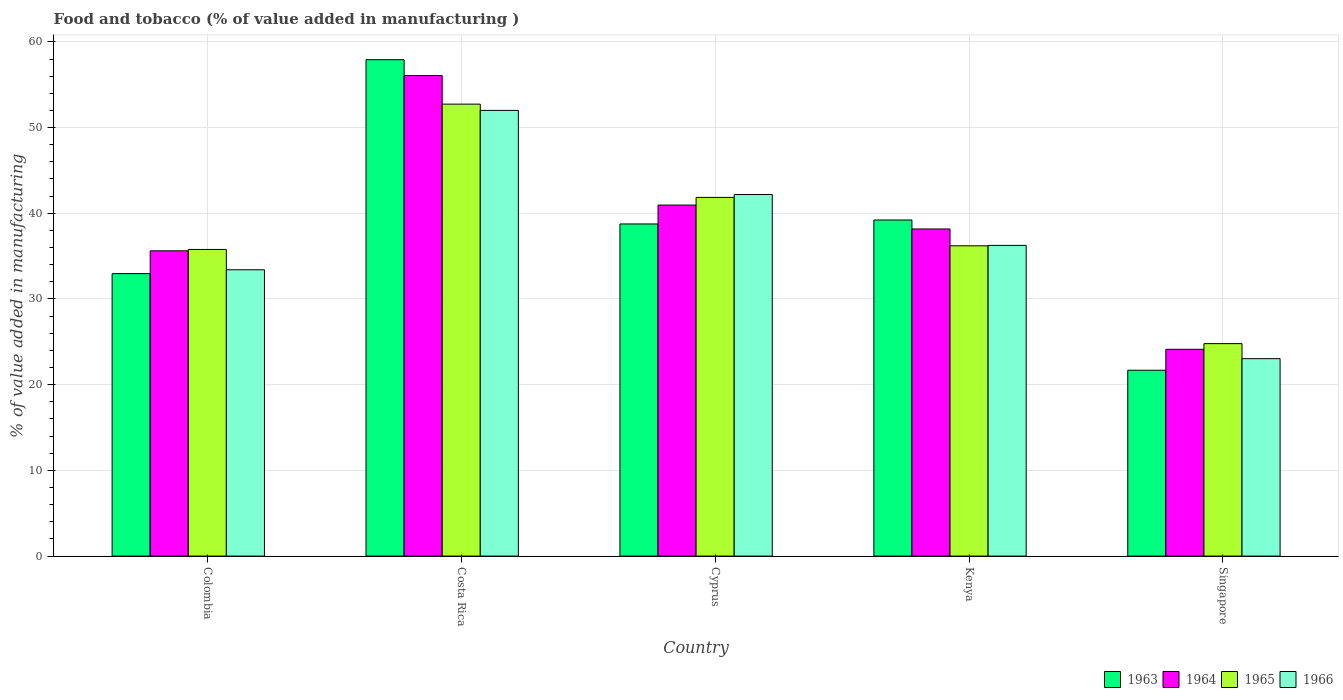
| Country | 1963 | 1964 | 1965 | 1966 |
 | --- | --- | --- | --- | --- |
 | Colombia | 33 | 35.6 | 35.8 | 33.4 |
 | Costa Rica | 57.9 | 56.1 | 52.7 | 52 |
 | Cyprus | 38.8 | 41 | 41.9 | 42.2 |
 | Kenya | 39.2 | 38.2 | 36.2 | 36.3 |
 | Singapore | 21.7 | 24.1 | 24.8 | 23 |